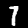
Label: 7